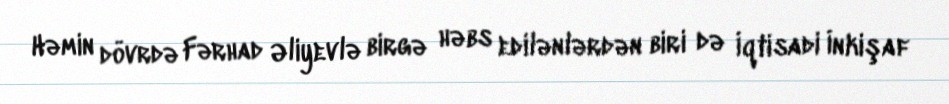
Həmin dövrdə Fərhad Əliyevlə birgə həbs edilənlərdən biri də İqtisadi İnkişaf